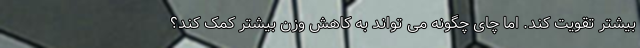
بیشتر تقویت کند. اما چای چگونه می تواند به کاهش وزن بیشتر کمک کند؟